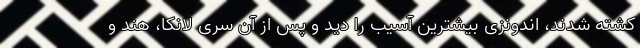
کشته شدند، اندونزی بیشترین آسیب را دید و پس از آن سری لانکا، هند و